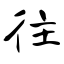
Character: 往